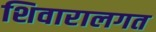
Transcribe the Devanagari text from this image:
शिवारालगत